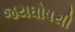
જયઘોષથી